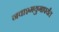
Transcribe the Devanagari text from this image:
नवाश्मयुगापर्यंत